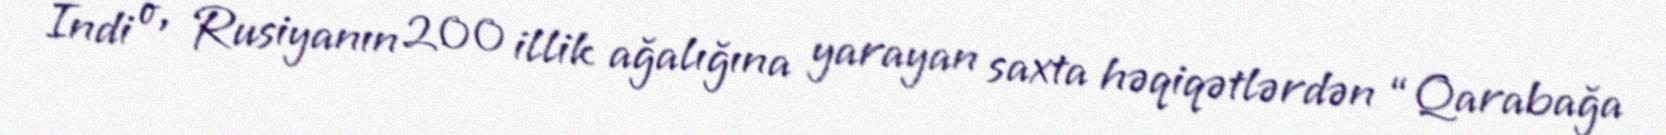
İndi o, Rusiyanın 200 illik ağalığına yarayan saxta həqiqətlərdən “Qarabağa